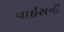
વાઇસની